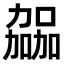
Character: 𫦹